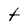
Character: t